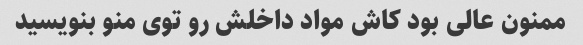
ممنون عالی بود کاش مواد داخلش رو توی منو بنویسید